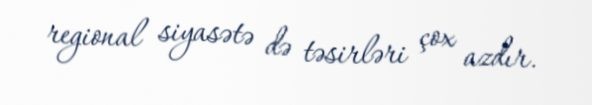
regional siyasətə də təsirləri çox azdır.